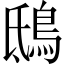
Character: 鴟